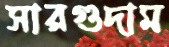
সারগুদাম